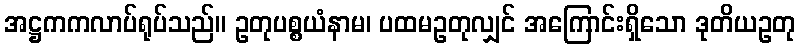
အဋ္ဌကကလာပ်ရုပ်သည်။ ဥတုပစ္စယံနာမ၊ ပထမဥတုလျှင် အကြောင်းရှိသော ဒုတိယဥတု